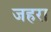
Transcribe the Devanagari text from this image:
जहरा